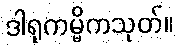
ဒါရုကမ္မိကသုတ်။